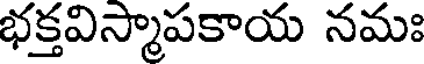
భక్తవిస్మాపకాయ నమః